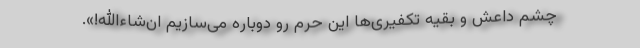
چشم داعش و بقیه تکفیری‌ها این حرم رو دوباره می‌سازیم ان‌شاءالله!».